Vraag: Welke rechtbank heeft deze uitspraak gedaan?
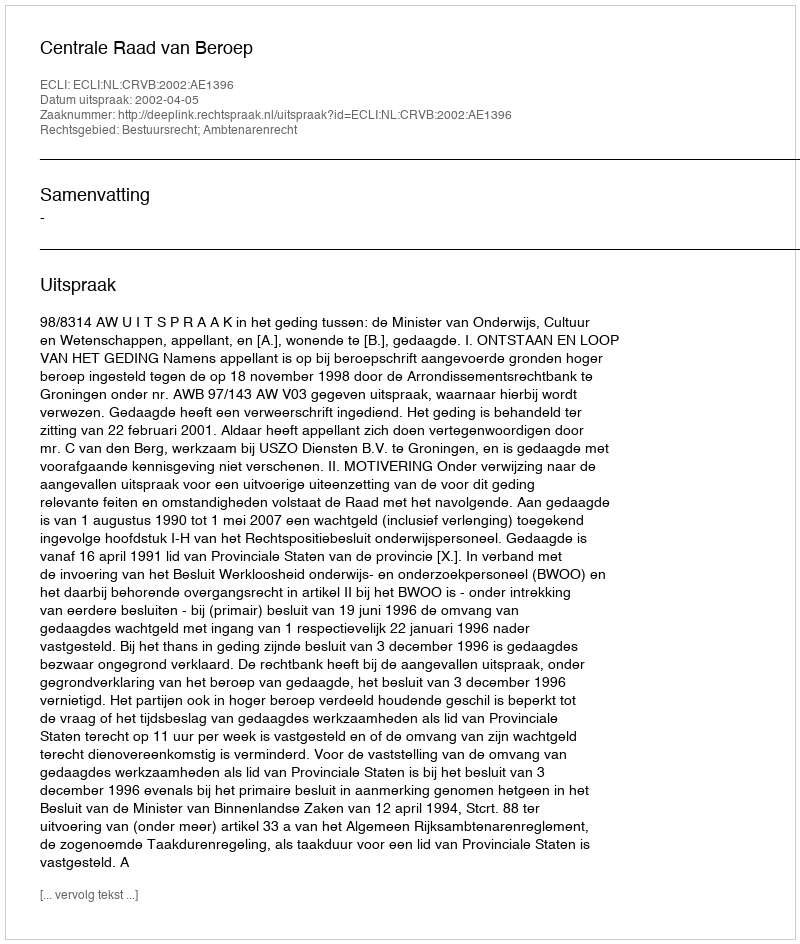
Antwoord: Centrale Raad van Beroep